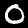
Digit: 0